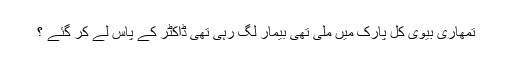
تمھاری بیوی کل پارک میں ملی تھی بیمار لگ رہی تھی ڈاکٹر کے پاس لے کر گئے ؟